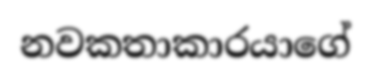
නවකතාකාරයාගේ